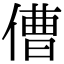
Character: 傮